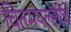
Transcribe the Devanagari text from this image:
चितमपल्लींचे